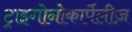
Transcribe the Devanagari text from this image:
ट्राइगोनोकार्पेलीज़